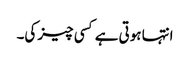
انتہا ہوتی ہے کسی چیز کی۔